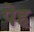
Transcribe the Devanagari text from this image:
पेह